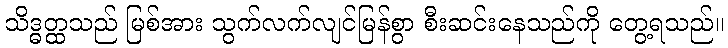
သိဒ္ဓတ္ထသည် မြစ်အား သွက်လက်လျင်မြန်စွာ စီးဆင်းနေသည်ကို တွေ့ရသည်။